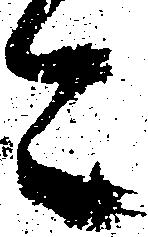
今